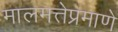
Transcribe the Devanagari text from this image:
मालमत्तेप्रमाणे